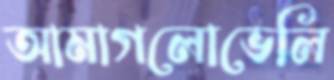
আমাগলোভেলি